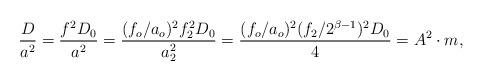
LaTeX: \begin{align*}\frac{D}{a^2} = \frac{f^2 D_0}{a^2} = \frac{(f_o/a_o)^2 f_2^2 D_0}{a_2^2} = \frac{(f_o/a_o)^2 (f_2/ 2^{\beta -1})^2 D_0}{4} = A^2 \cdot m,\end{align*}